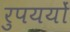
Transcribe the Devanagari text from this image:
रुपययों